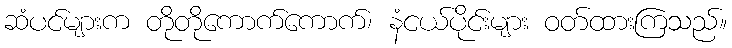
ဆံပင်များက တိုတိုကောက်ကောက်၊ နံငယ်ပိုင်းများ ဝတ်ထားကြသည်။